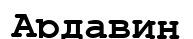
Ардавин